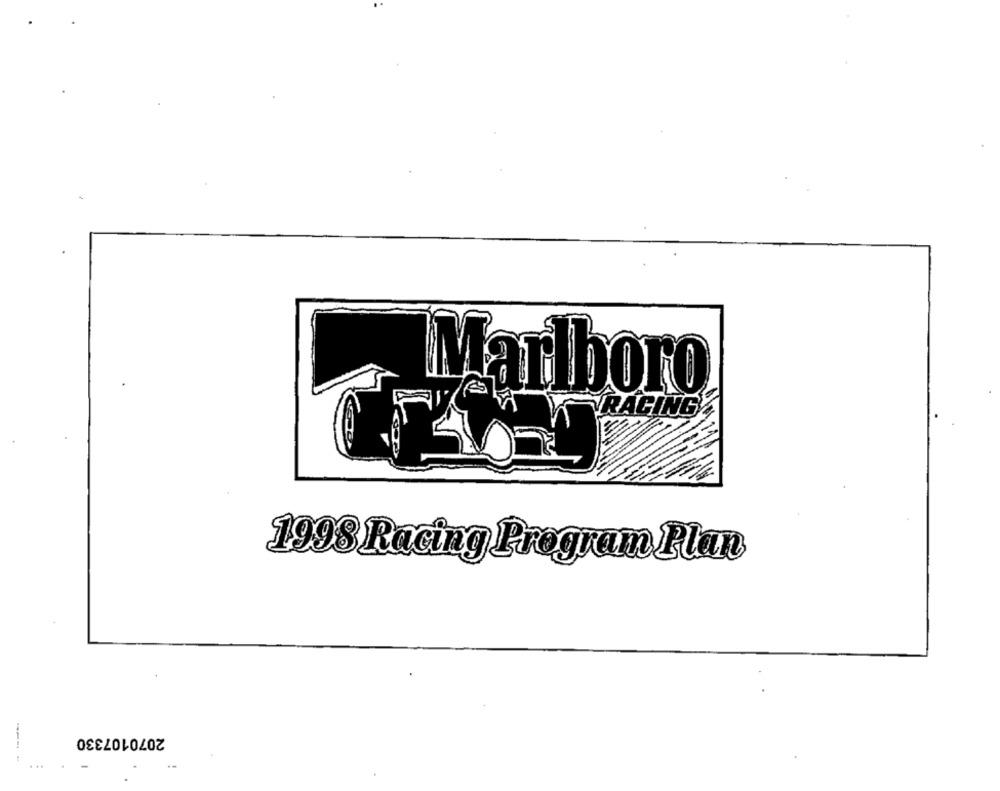
Marlboro
RACING
1998 Racing Program Plan
2070107330
--- -